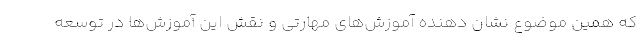
که همین موضوع نشان دهنده آموزش‌های مهارتی و نقش این آموزش‌ها در توسعه